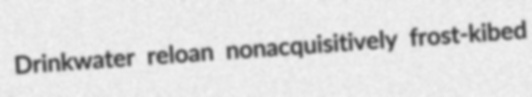
Drinkwater reloan nonacquisitively frost-kibed